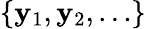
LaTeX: \left\{ \mathbf{y}_{1},\mathbf{y}_{2},\ldots\right\}